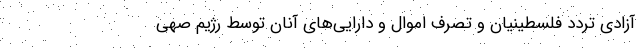
آزادی تردد فلسطینیان و تصرف اموال و دارایی‌های آنان توسط رژیم صهی